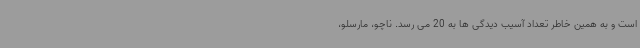
است و به همین خاطر تعداد آسیب دیدگی ها به 20 می رسد. ناچو، مارسلو،